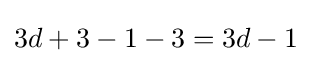
3d+3-1-3=3d-1